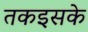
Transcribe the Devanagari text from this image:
तकइसके